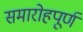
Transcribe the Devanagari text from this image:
समारोहपूर्ण